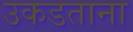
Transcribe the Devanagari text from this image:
उकडताना